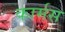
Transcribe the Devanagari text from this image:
कार्मस